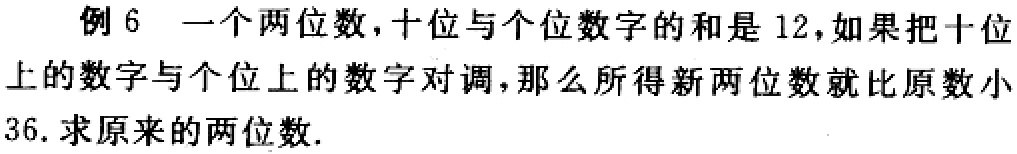
例 6 一个两位数，十位与个位数字的和是 12，如果把十位上的数字与个位上的数字对调，那么所得新两位数就比原数小36. 求原来的两位数.